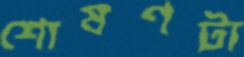
শোষণটা